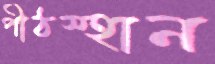
পীঠস্হান